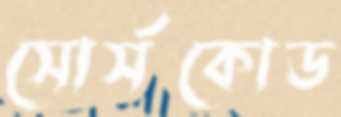
সোর্সকোড